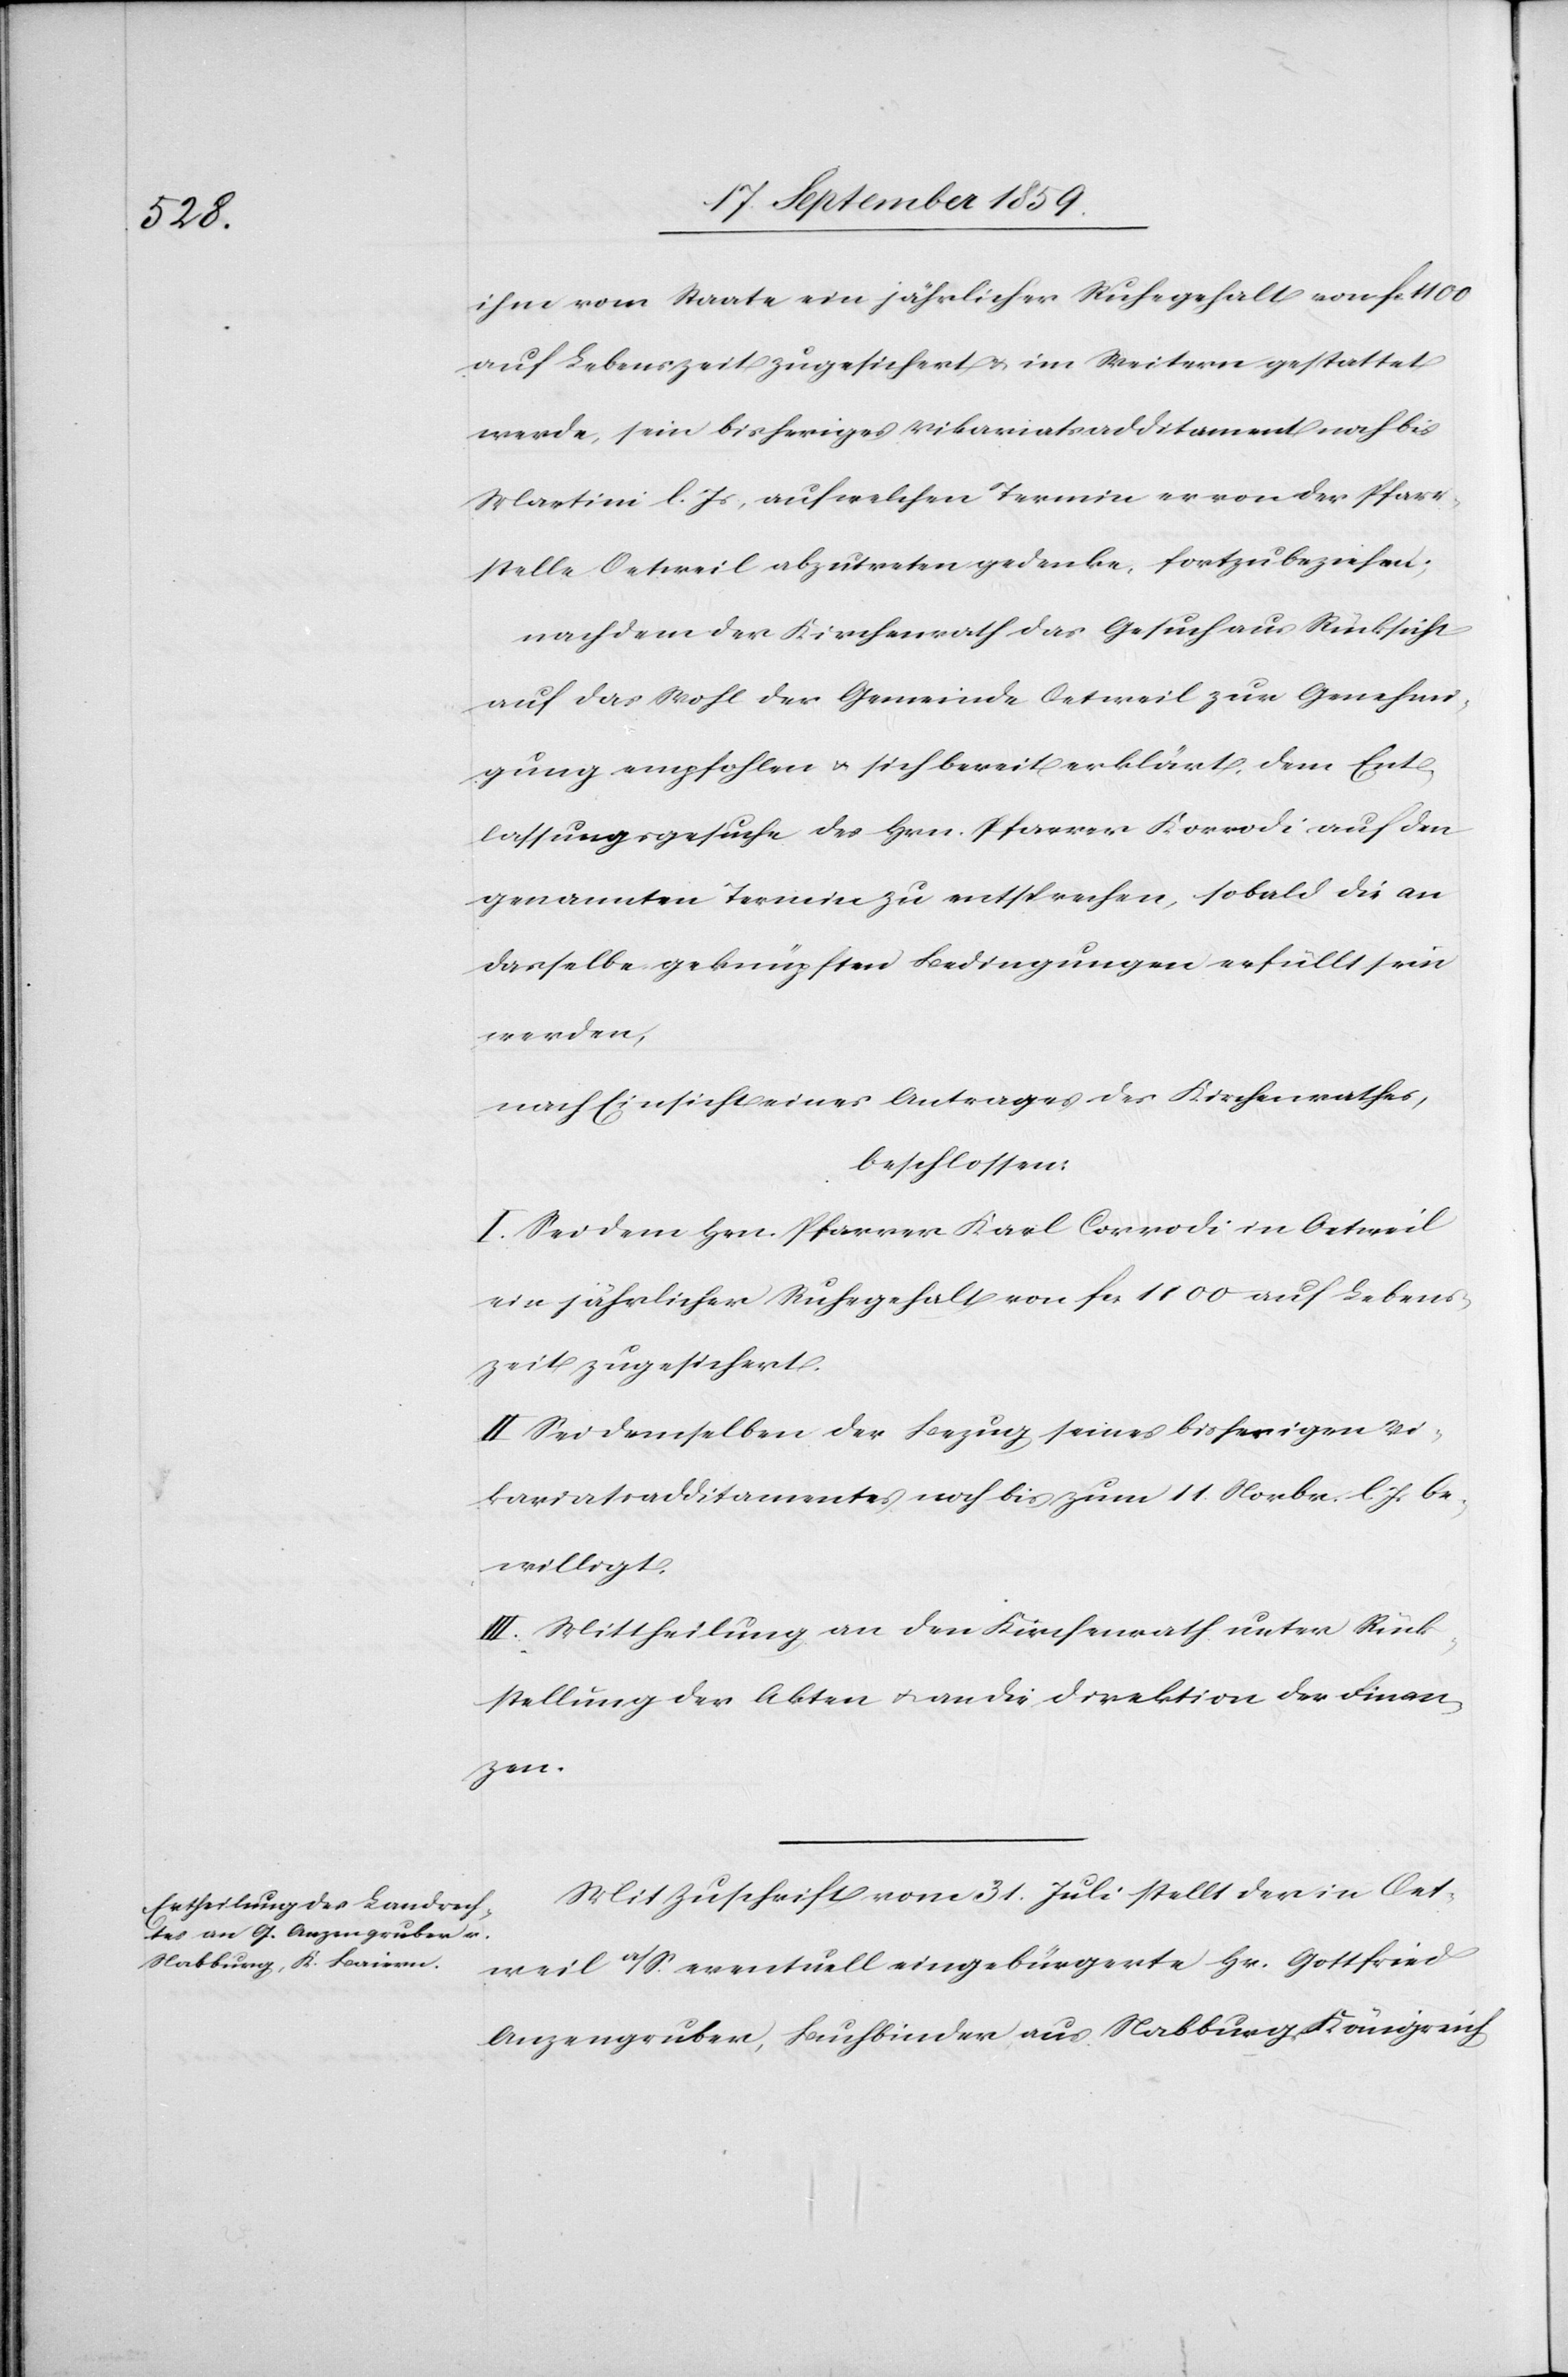
ihm vom Staate ein jährlicher Ruhegehalt von fc. 1100
auf Lebenszeit zugesichert & im Weitern gestattet
werde, sein bisheriges Vikariatsadditament noch bis
Martini l. Js, auf welchen Termin er von der Pfarr¬
stelle Oetweil abzutreten gedenke, fortzubeziehen;
nachdem [sic!] der Kirchenrath das Gesuch aus Rücksicht
auf das Wohl der Gemeinde Oetweil zur Genehmi¬
gung empfohlen & sich bereit erklärt, dem Ent¬
lassungsgesuche des Hrn. Pfarrer Korrodi auf den
genannten Termin zu entsprechen, sobald die an
dasselbe geknüpften Bedingungen erfüllt sein
werden,
nach Einsicht eines Antrages des Kirchenrathes,
beschlossen:
I. Sei dem Hrn. Pfarrer Karl Corrodi [sic!] in Oetweil
ein jährlicher Ruhegehalt von fcs. 1100 auf Lebens¬
zeit zugesichert.
II. Sei demselben der Bezug seines bisherigen Vi¬
kariatsadditamentes noch bis zum 11. Novbr. l. Js. be¬
willigt.
III. Mittheilung an den Kirchenrath unter Rück¬
stellung der Akten & an die Direktion der Finan¬
zen.
Mit Zuschrift vom 31. Juli stellt der in Oet¬
weil a/S. eventuell eingebürgerte Hr. Gottfried
Anzengruber, Buchbinder aus Nabburg, Königreich